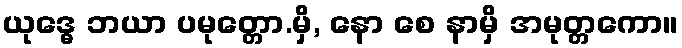
ယုဒ္ဓေ ဘယာ ပမုတ္တော.မှိ, နော စေ နာမှိ အမုတ္တကော။